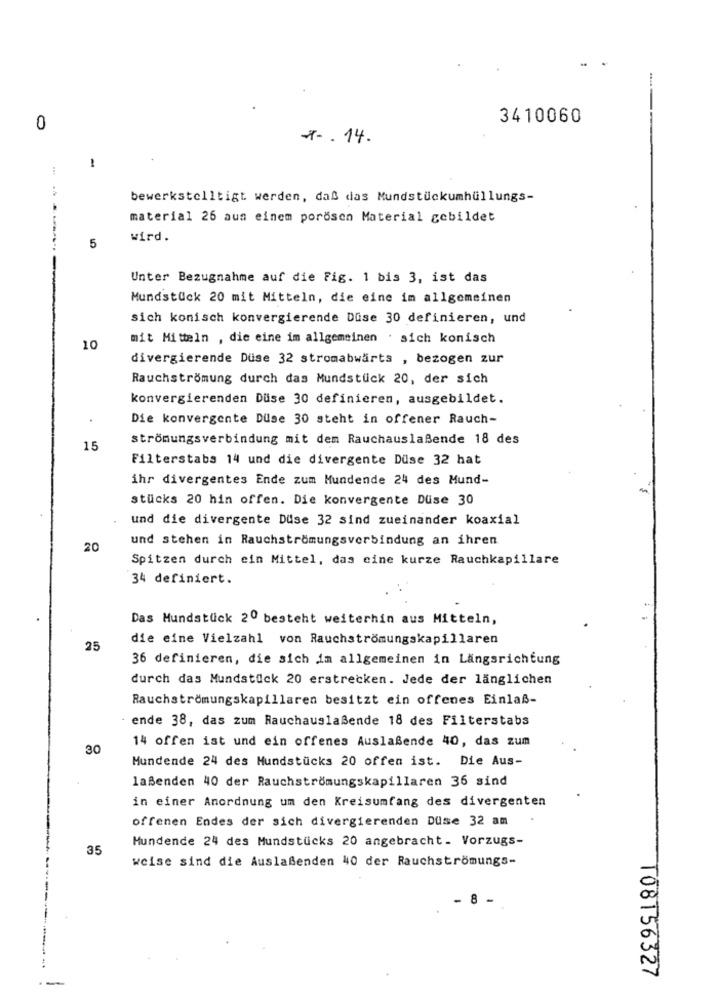
3410060
0
x -. 14.
-
bewerkstelltigt werden, daß das Mundstückumhüllungs-
material 26 aus einem porösen Material gebildet
wird.
5
Unter Bezugnahme auf die Fig. 1 bis 3, ist das
Mundstück 20 mit Mitteln, die eine im allgemeinen
sich konisch konvergierende Duse 30 definieren, und
mit Mitteln , die eine im allgemeinen . sich konisch
10
divergierende Duse 32 stromabwärts , bezogen zur
Rauchströmung durch das Mundstück 20, der sich
konvergierenden Duse 30 definieren, ausgebildet.
Die konvergente Duse 30 steht in offener Rauch-
strömungsverbindung mit dem Rauchauslaßende 18 des
15
Filterstabs 14 und die divergente Düse 32 hat
ihr divergentes Ende zum Mundende 24 des Mund-
stücks 20 hin offen. Die konvergente Düse 30
und die divergente Duse 32 sind zueinander koaxial
und stehen in Rauchströmungsverbindung an ihren
20
Spitzen durch ein Mittel, das eine kurze Rauchkapillare
34 definiert.
Das Mundstück 20 besteht weiterhin aus Mitteln,
die eine Vielzahl von Rauchströmungskapillaren
25
36 definieren, die sich im allgemeinen in Längsrichtung
durch das Mundstück 20 erstrecken. Jede der länglichen
Rauchströmungskapillaren besitzt ein offenes Einlaß-
ende 38, das zum Rauchauslaßende 18 des Filterstabs
14 offen ist und ein offenes Auslaßende 40, das zum
30
Mundende 24 des Mundstücks 20 offen ist. Die Aus-
laßenden 40 der Rauchströmungskapillaren 36 sind
in einer Anordnung um den Kreisumfang des divergenten
offenen Endes der sich divergierenden Duse 32 am
Hundende 24 des Mundstücks 20 angebracht. Vorzugs-
35
weise sind die Auslaßenden 40 der Rauchströmungs-
8 -
T08156327
--